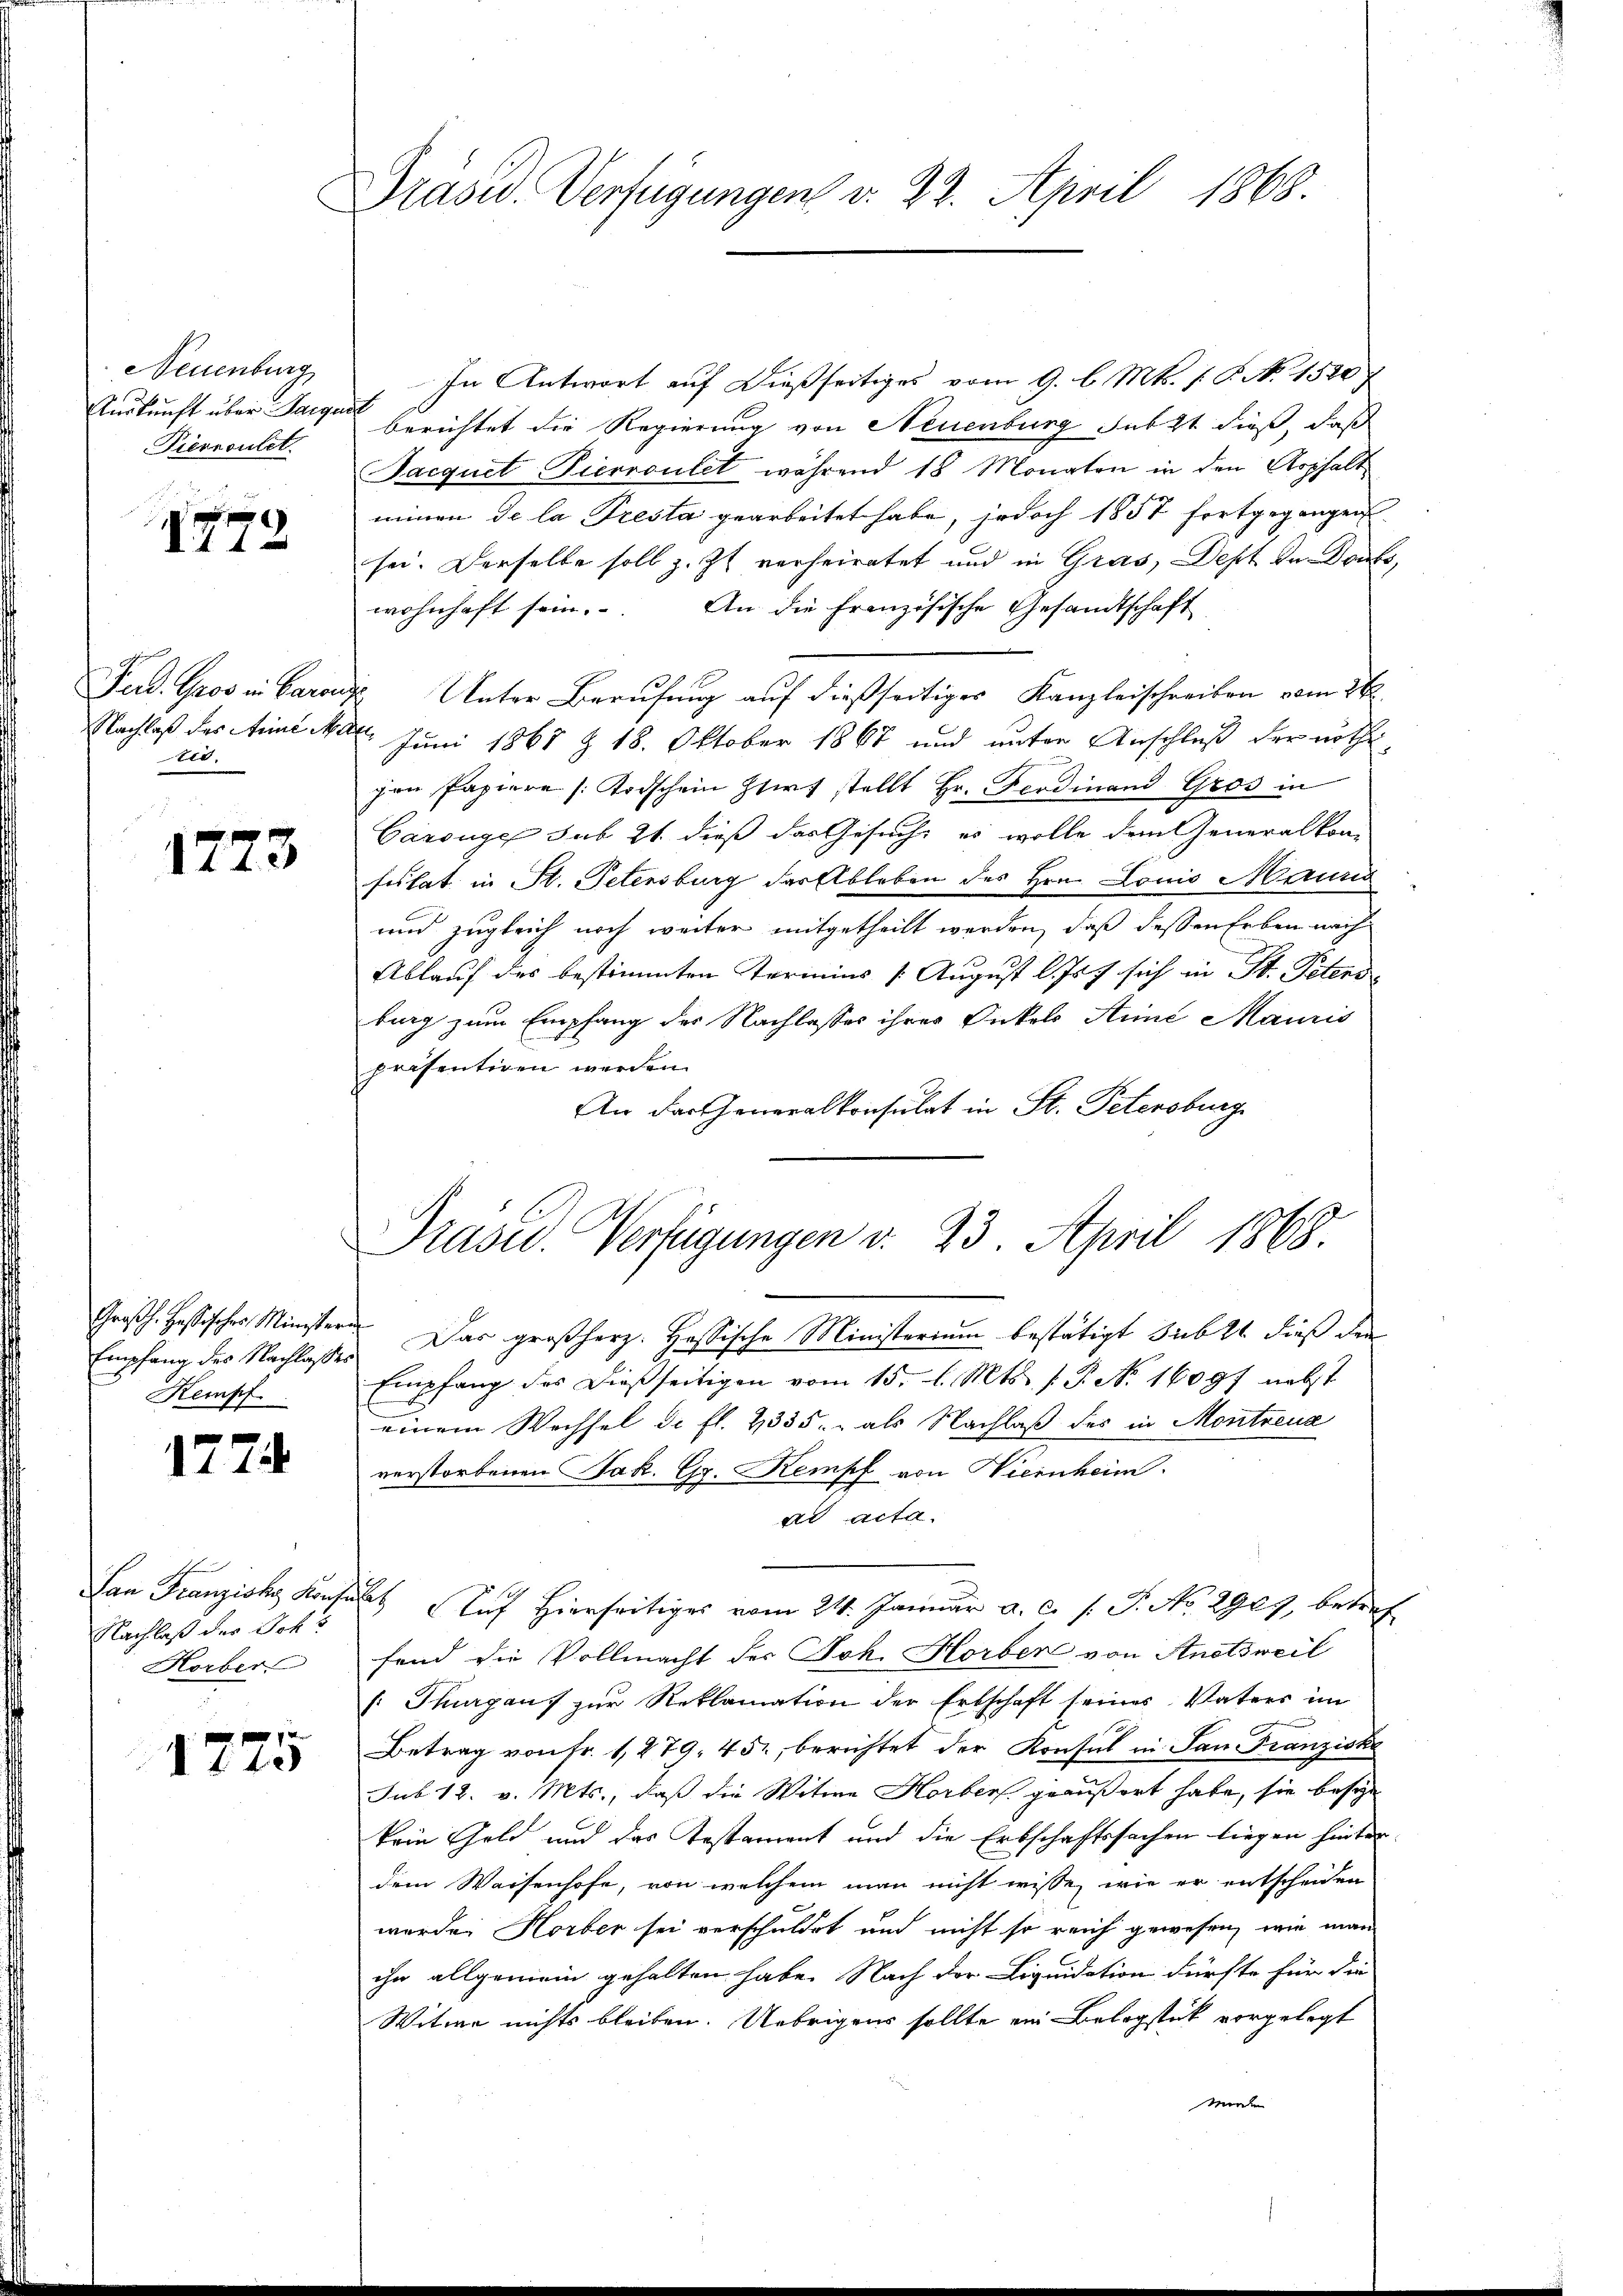
Neuenburg
Auskunft über Sargen
Pierreutet.

1773

Pad. Gros in Baron
Nachlaß des Arme Ma
is.

1773

Empfang des Nachlasses
 Kempf

1774.

San Franziska Konse
Nachlaß der Johs
Horber

140

Präsid. Verfügungen v. 22. April 1868.

Präsid.. Verfügungen v. 23. April 1868.

In Antwort auf dießseitiges vom 9. l. Mts. f. P. N. 1500
s
berichtet die Regierung von Neuenburg sub 2t dieß, daß
Pacquet Pierroulet während 18 Monaten in den Asphalt
minen de la Tresta gearbeitet habe, jedoch 1857 fortgegangen
sei. Derselbe soll z. Zt. verheiratet und in Gras, Dept de Danks,
wohnhaft sein. An die Französische Gesandtschaft
 Unter Berufung auf dießseitiger Kanzleischreiben vom 26.
 Juni 1868 § 18. Oktober 1867 und unter Anschluß der nöthi
pan Papiere Todschein Hirt stellt Hr. Ferdinand Gros in
Garouge sub 21. dieß das Gesuch, es wolle dem Generalkon-
fuhat in St. Petensburg der Ableben des Hrn. Louis Mauris
und zugleich noch weiter mitgetheilt werden, daß dessen Erben nach
Ablauf des bestimmten Termins /: August l. Js. sich in St. Petend
burg zum Empfang des Nachlasses ihres Onkels Arie Mauris
präsentiren werden.
An das Generalkonsulat in St. Petersburg
Großh. Hastisches Ministeres. Das großherz. Hassische Ministerium bestätigt sub 21. dieß der
Empfang des Dießseitigen vom 15. d. Mts. 1. P. No. 1609f nebst
einem Wechsel de fl. 2335. als Nachlaß des in Montreux
verstorbenen Jak. Gr. Kempf von Nieinheim.
ad acta.
 Auf hierseitiges vom 24. Januar a. c. s. S. No. 2905. betref
fend die Vollmacht des Joh. Horben von Anotsweil
Thurgaus zur Reklamation der Erbschaft seines Vaters im
Betrag von fr. 1279. 452, berichtet der Konsul in San Franziska
Sub 12. v. Mts., daß die Witwe Horbers geäußert habe, sie besie
kein Geld und das Testament und die Erbschaftssachen liegen hinter
dem Waisenhofe, von welchem man nicht wisse, wie er entscheiden
werden Horber sei verschuldet und nicht so reich gewesen, wie man
ihn allgemein gehalten habe. Nach der Liquidation dürfte für die
Witwe nichts bleiben. Uebrigens sollte ein Belegstik vorgelegt
morden